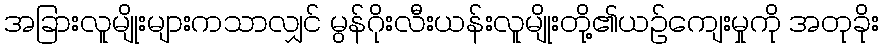
အခြားလူမျိုးများကသာလျှင် မွန်ဂိုးလီးယန်းလူမျိုးတို့၏ယဉ်ကျေးမှုကို အတုခိုး